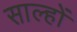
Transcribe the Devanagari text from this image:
साल्हों